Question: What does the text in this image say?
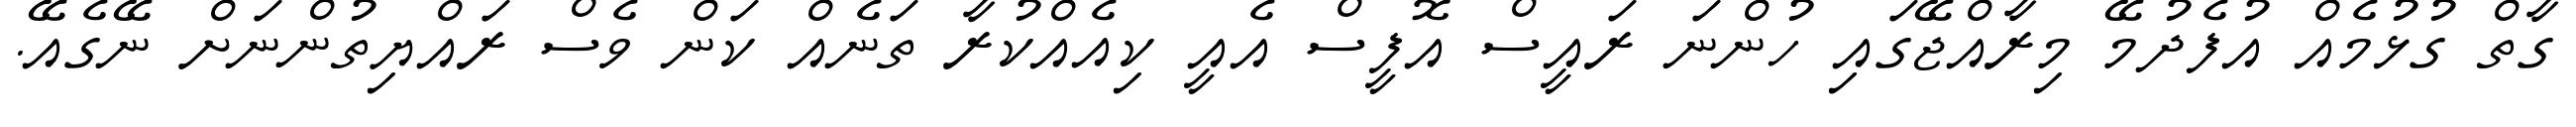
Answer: ގާތް ގުޅުމެއް އުފެދުމޭ މިރާއްޖޭގައި ހުންނަ ރައީސް އޮފީސް އެއީ ކިއެއްކުރާ ތަނެއް ކަން ވެސް ރައްޔިތުންނަށް ނޭގެއޭ.